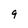
Character: 9